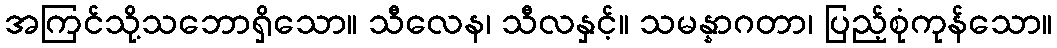
အကြင်သို့သဘောရှိသော။ သီလေန၊ သီလနှင့်။ သမန္နာဂတာ၊ ပြည့်စုံကုန်သော။